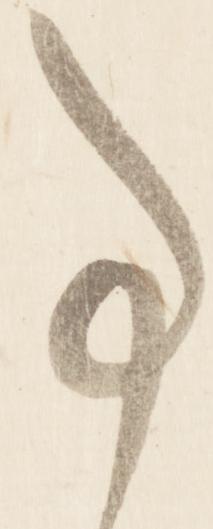
事